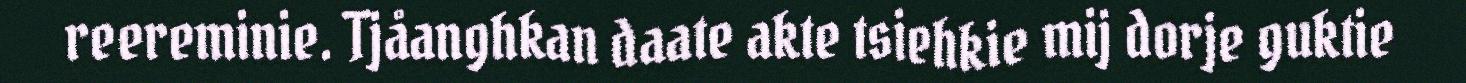
reereminie. Tjåanghkan daate akte tsiehkie mij dorje guktie